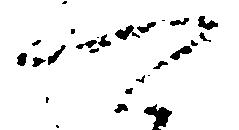
可